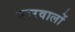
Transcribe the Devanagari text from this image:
भारवालों